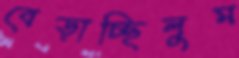
বেড়াচ্ছিলুম